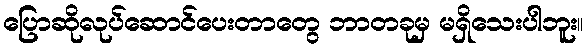
ပြောဆိုလုပ်ဆောင်ပေးတာတွေ ဘာတခုမှ မရှိသေးပါဘူး။